Indian journal of veterinary science and animal husbandry - Volume 4,
Year: 1934
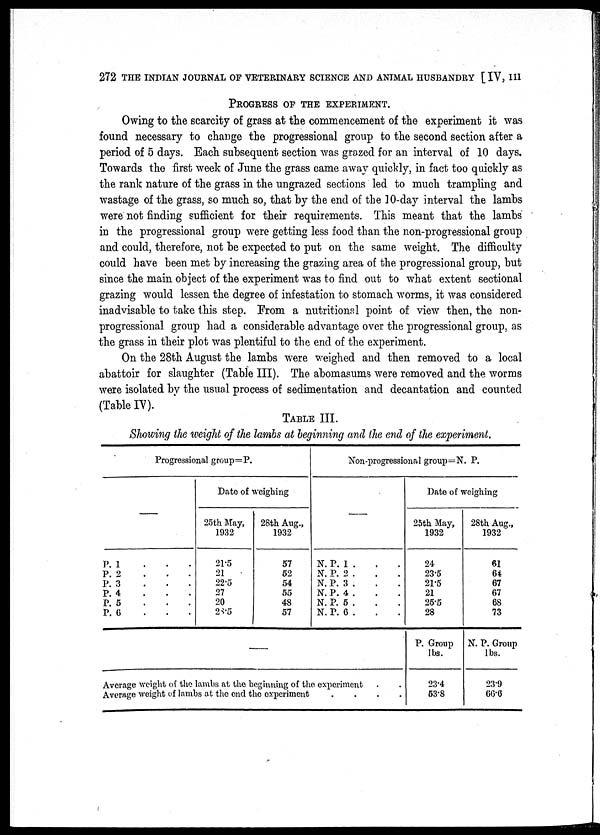
272 THE INDIAN JOURNAL OF VETERINARY SCIENCE AND ANIMAL HUSBANDRY [ IV, III
PROGRESS OF THE EXPERIMENT.
Owing to the scarcity of grass at the commencement of the experiment it was
found necessary to change the progressional group to the second section after a
period of 5 days. Each subsequent section was grazed for an interval of 10 days.
Towards the first week of June the grass came away quickly, in fact too quickly as
the rank nature of the grass in the ungrazed sections led to much trampling and
wastage of the grass, so much so, that by the end of the 10-day interval the lambs
were not finding sufficient for their requirements. This meant that the lambs
in the progressional group were getting less food than the non-progressional group
and could, therefore, not be expected to put on the same weight. The difficulty
could have been met by increasing the grazing area of the progressional group, but
since the main object of the experiment was to find out to what extent sectional
grazing would lessen the degree of infestation to stomach worms, it was considered
inadvisable to take this step. From a nutritional point of view then, the non-
progressional group had a considerable advantage over the progressional group, as
the grass in their plot was plentiful to the end of the experiment.
On the 28th August the lambs were weighed and then removed to a local
abattoir for slaughter (Table III). The abomasums were removed and the worms
were isolated by the usual process of sedimentation and decantation and counted
(Table IV).
Table III.
Showing the weight of the lambs at beginning and the end of the experiment.
Progressional group=P.
—
P. 1 . . .
P. 2 . . .
P. 3 . . .
P. 4 . . .
P. 5 . . .
P. 6 . . .
Date of weighing
25th May,
1932
21.5
21
22.5
27
20
28.5
28th Aug.,
1932
57
52
54
55
48
57
Non-progressional group=N. P.
—
N. P. 1 . . .
N. P. 2 . . .
N. P. 3 . . .
N. P. 4 . . .
N. P. 5 . . .
N. P. 6 . . .
—
Average weight of the lambs at the beginning of the experiment . .
Average weight of lambs at the end the experiment . . . .
Date of weighing
25th May,
1932
24
23.5
21.5
21
25.5
28
P. Group
lbs.
23.4
53.8
28th Aug.,
1932
61
64
67
67
68
73
N. P. Group
lbs.
23.9
66.6